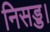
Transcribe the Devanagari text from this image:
निसड्ड।